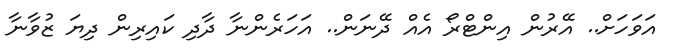
އަވަހަށް.. އޭރުން އިންޓްރޯ އެއް ދޭނަން.. އަހަރެންނާ ދާދި ކައިރިން ދިޔަ ޒުވާނާ